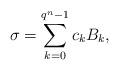
LaTeX: \begin{align*} \sigma = \sum_{k=0}^{q^{n}-1}c_{k}B_{k},\end{align*}